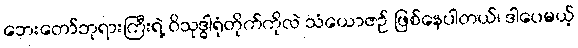
ဘေးတော်ဘုရားကြီးရဲ့ ဝိသုဒ္ဓါရုံတိုက်ကိုလဲ သံယောဇဉ် ဖြစ်နေပါတယ်၊ ဒါပေမယ့်